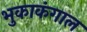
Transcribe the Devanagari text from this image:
भुकाकंगाल